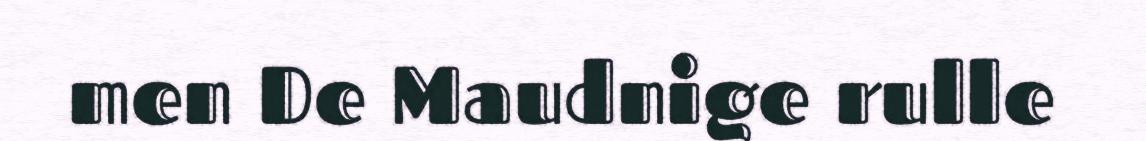
men De Maudnige rulle